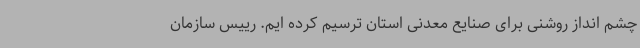
چشم انداز روشنی برای صنایع معدنی استان ترسیم کرده ایم. رییس سازمان